画像に写った文字を読んでください
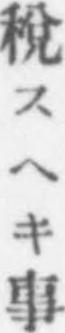
「稅スヘキ事」と書いてあります